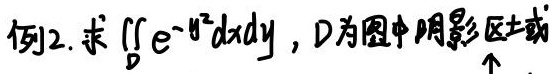
例2. 求$\iint_{D} e^{-y^{2}} dxdy$，$D$为图中阴影区域